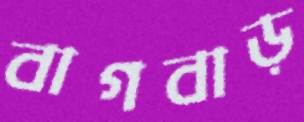
বাগবাড়